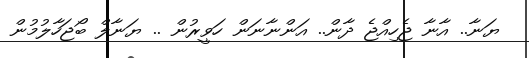
ޔަނާ.. އާނާ ޖެހިއްޖެ ދާން.. އަންނާނަން ހަވީރުން .. ޔަނާލް ބޯޖަހާލުމުން